Vaccination in Bombay 1856-1862 - 1856-1862
Year: 1856
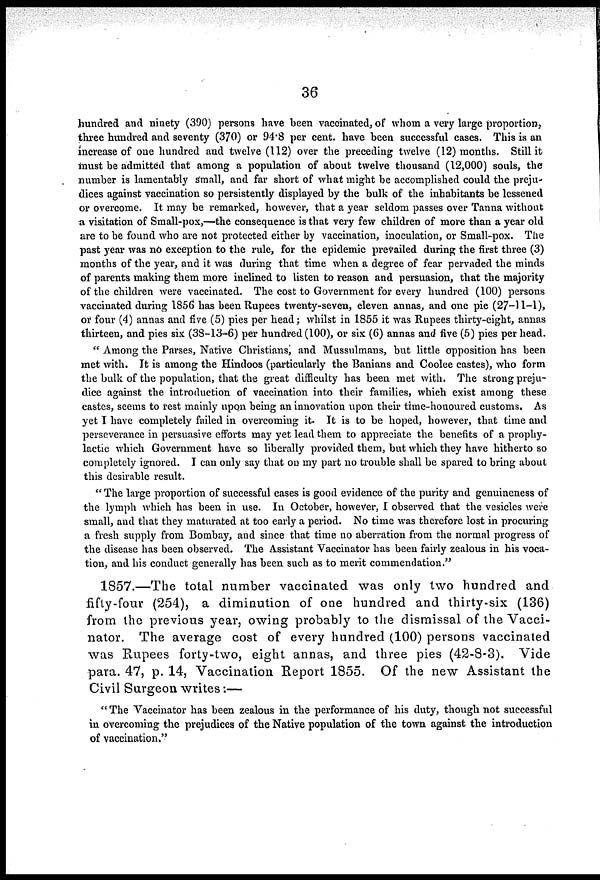
36
hundred and ninety (390) persons have been vaccinated, of whom a very large proportion,
three hundred and seventy (370) or 94.8 per cent. have been successful cases. This is an
increase of one hundred and twelve (112) over the preceding twelve (12) months. Still it
must be admitted that among a population of about twelve thousand (12,000) souls, the
number is lamentably Small, and far short of what might be accomplished could the preju-
dices against vaccination so persistently displayed by the bulk of the inhabitants be lessened
or overcome. It may be remarked, however, that a year seldom passes over Tanna without
a visitation of Small-pox,—the consequence is that very few children of more than a year old
are to be found who are not protected either by vaccination, inoculation, or Small-pox. The
past year was no exception to the rule, for the epidemic prevailed during the first three (3)
months of the year, and it was during that time when a degree of fear pervaded the minds
of parents making them more inclined to listen to reason and persuasion, that the majority
of the children were vaccinated. The cost to Government for every hundred (100) persons
vaccinated during 1856 has been Rupees twenty-seven, eleven annas, and one pie (27-11-1),
or four (4) annas and five (5) pies per head; whilst in 1855 it was Rupees thirty-eight, annas
thirteen, and pies six (38-13-6) per hundred (100), or six (6) annas and five (5) pies per head.
" Among the Parses, Native Christians) and Mussulmans, but little opposition has been
met with. It is among the Hindoos (particularly the Banians and Coolee castes), who form
the bulk of the population, that the great difficulty has been met with. The strong preju-
dice against the introduction of vaccination into their families, which exist among these
castes, seems to rest mainly upon being an innovation upon their time-honoured customs. As
yet I have completely failed in overcoming it. It is to be hoped, however, that time and
perseverance in persuasive efforts may yet lead them to appreciate the benefits of a prophy-
lactic which Government have so liberally provided them, but which they have hitherto so
completely ignored. I can only say that on my part no trouble shall be spared to bring about
this desirable result.
" The large proportion of successful cases is good evidence of the purity and genuineness of
the lymph which has been in use. In October, however, I observed that the vesicles were
small, and that they maturated at too early a period. No time was therefore lost in procuring
a fresh supply from Bombay, and since that time no aberration from the normal progress of
the disease has been observed. The Assistant Vaccinator has been fairly zealous in his voca-
tion, and his conduct generally has been such as to merit commendation."
1857.—The total number vaccinated was only two hundred and
fifty-four (254), a diminution of one hundred and thirty-six (136)
from the previous year, owing probably to the dismissal of the Vacci-
nator. The average cost of every hundred (100) persons vaccinated
was Rupees forty-two, eight annas, and three pies (42-8-3). Vide
para. 47, p. 14, Vaccination Report 1855. Of the new Assistant the
Civil Surgeon writes:—
" The Vaccinator has been zealous in the performance of his duty, though not successful
in overcoming the prejudices of the Native population of the town against the introduction
of vaccination."